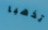
تذهبا